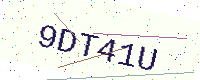
Text: 9DT41U